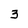
Character: 3